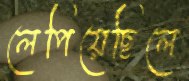
লেপিয়েছিলে